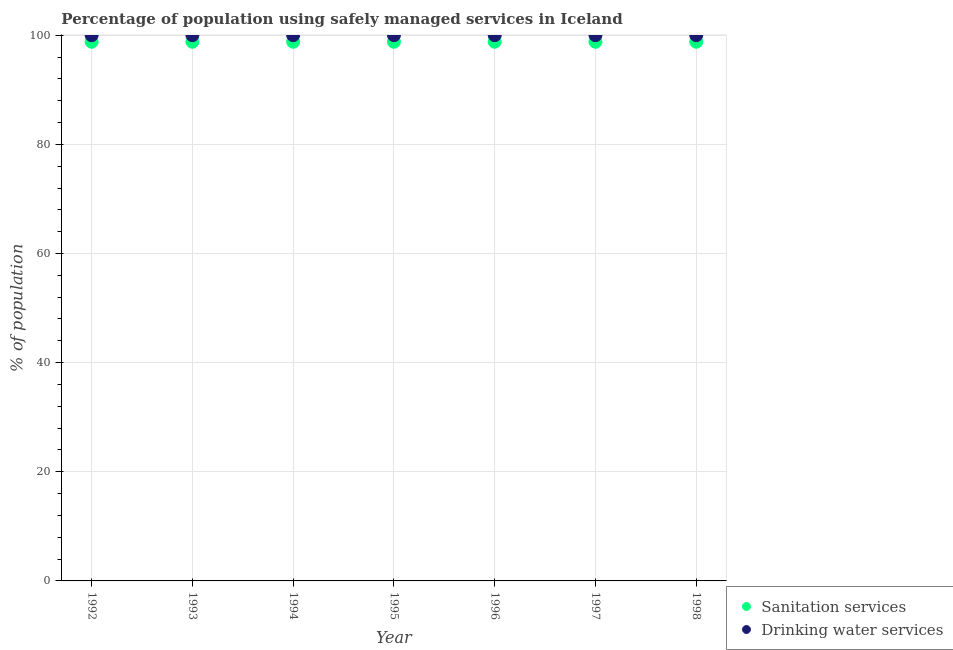
| Year | Sanitation services | Drinking water services |
 | --- | --- | --- |
 | 1992 | 98.8 | 100 |
 | 1993 | 98.8 | 100 |
 | 1994 | 98.8 | 100 |
 | 1995 | 98.8 | 100 |
 | 1996 | 98.8 | 100 |
 | 1997 | 98.8 | 100 |
 | 1998 | 98.8 | 100 |